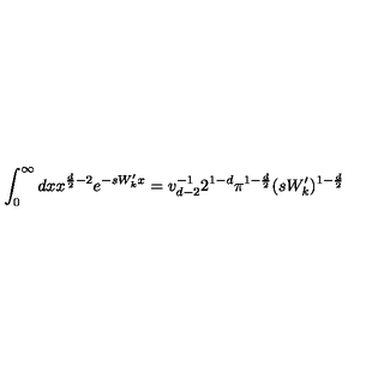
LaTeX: \int _ { 0 } ^ { \infty } d x x ^ { \frac { d } { 2 } - 2 } e ^ { - s W _ { k } ^ { \prime } x } = v _ { d - 2 } ^ { - 1 } 2 ^ { 1 - d } \pi ^ { 1 - \frac { d } { 2 } } ( s W _ { k } ^ { \prime } ) ^ { 1 - \frac { d } { 2 } }